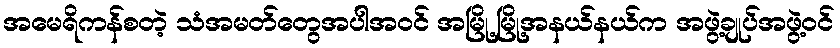
အမေရိကန်စတဲ့ သံအမတ်တွေအပါအဝင် အမြို့မြို့အနယ်နယ်က အဖွဲ့ချုပ်အဖွဲ့ဝင်